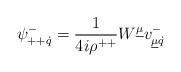
LaTeX: \begin{align*}\psi^{-}_{++\dot q}={1\over 4i\rho^{++}}W^{\underline{\mu}}v^{-}_{\underline{\mu}\dot q}\end{align*}